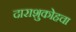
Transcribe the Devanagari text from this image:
दाराशुकोहचा